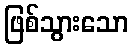
ဖြစ်သွားသော